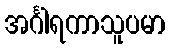
အင်္ဂါရကာသူပမာ